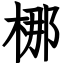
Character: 梛